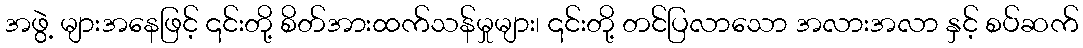
အဖွဲ့ များအနေဖြင့် ၎င်းတို့ စိတ်အားထက်သန်မှုများ၊ ၎င်းတို့ တင်ပြလာသော အလားအလာ နှင့် စပ်ဆက်